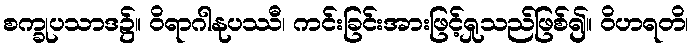
စက္ခုပသာဒ၌။ ဝိရာဂါနုပဿီ၊ ကင်းခြင်းအားဖြင့်ရှုသည်ဖြစ်၍။ ဝိဟရတိ၊